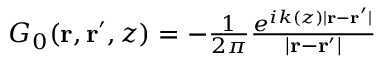
\begin{array} { r } { G _ { 0 } ( \mathbf r , \mathbf r ^ { \prime } , z ) = - \frac 1 { 2 \pi } \frac { e ^ { i k ( z ) | \mathbf r - \mathbf r ^ { \prime } | } } { | \mathbf r - \mathbf r ^ { \prime } | } } \end{array}